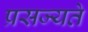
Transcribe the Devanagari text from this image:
प्रसज्यते